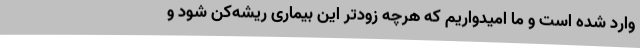
وارد شده است و ما امیدواریم که هرچه زودتر این بیماری ریشه‌کن شود و